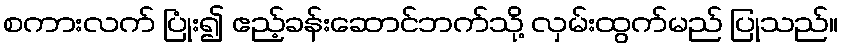
စကားလက် ပြုံး၍ ဧည့်ခန်းဆောင်ဘက်သို့ လှမ်းထွက်မည် ပြုသည်။